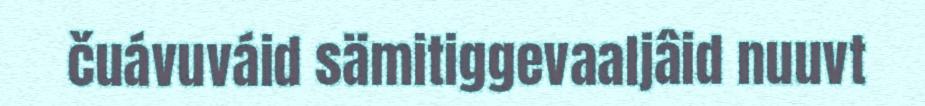
čuávuváid sämitiggevaaljâid nuuvt